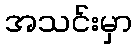
အသင်းမှာ